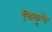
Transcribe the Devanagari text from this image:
चिकूचे